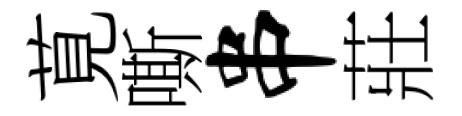
莧嘶串莊